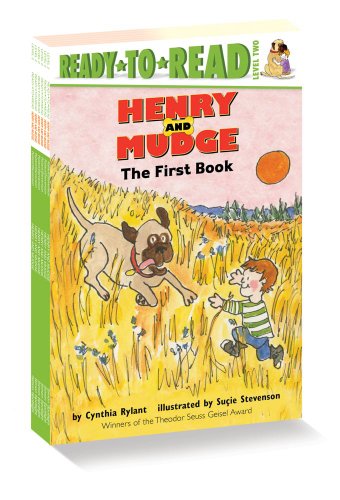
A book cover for Henry and Mudge Ready-to-Read Value Pack: Henry and Mudge; Henry and Mudge and Annie's Good Move; Henry and Mudge in the Green Time; Henry and Mudge ... and Mudge and the Happy Cat (Henry & Mudge); Cynthia Rylant; Children's Books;